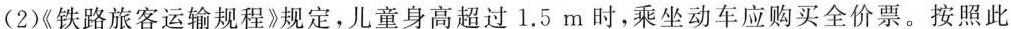
(2)《铁路旅客运输规程》规定，儿童身高超过1.5m时，乘坐动车应购买全价票。按照此